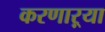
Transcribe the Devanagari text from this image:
करणाऱ्‍या